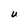
Character: U